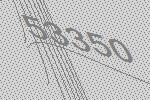
53350